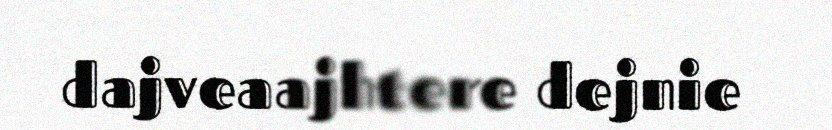
dajveaajhtere dejnie